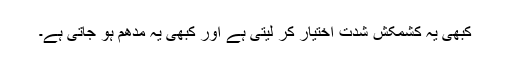
کبھی یہ کشمکش شدت اختیار کر لیتی ہے اور کبھی یہ مدھم ہو جاتی ہے۔